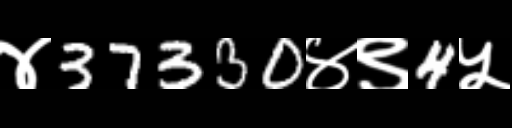
Text: ४37330४९4५